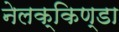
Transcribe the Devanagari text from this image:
नेलक्किण्डा